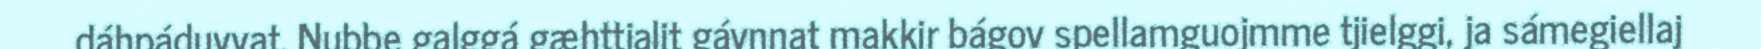
dáhpáduvvat. Nubbe galggá gæhttjalit gávnnat makkir bágov spellamguojmme tjielggi, ja sámegiellaj